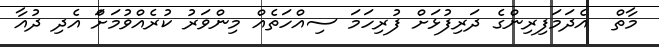
މާތް  އެދަމަފިރިންގެ ދަރިފުޅަށް ފުރިހަމަ ސިއްހަތެެއް މިންވަރު ކުރެއްވުމަށަް އެދި ދުއާ